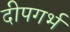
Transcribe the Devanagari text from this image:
दीपगर्भ